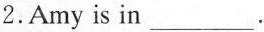
2.Amy is in ___.